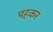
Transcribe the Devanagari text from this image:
पहकर